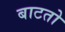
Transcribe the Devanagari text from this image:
बाटतो